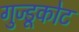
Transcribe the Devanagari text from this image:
गुज्डूकोट